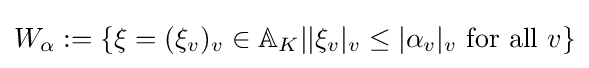
W_{\alpha }:=\left\{\xi =(\xi _{v})_{v}\in \mathbb {A} _{K}||\xi _{v}|_{v}\leq |\alpha _{v}|_{v}{\text{ for all }}v\right\}